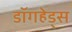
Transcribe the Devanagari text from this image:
डॉगहेड्स